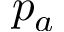
p _ { a }